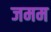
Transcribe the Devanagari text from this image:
जमम